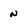
Character: n